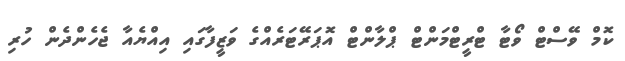
ކޮމް ވޭސްޓް ވޯޓާ ޓްރީޓްމަންޓް ޕްލާންޓް އޮޕަރޭޓަރެއްގެ ވަޒީފާގައި އިއްޔެއާ ޖެހެންދެން ހުރި